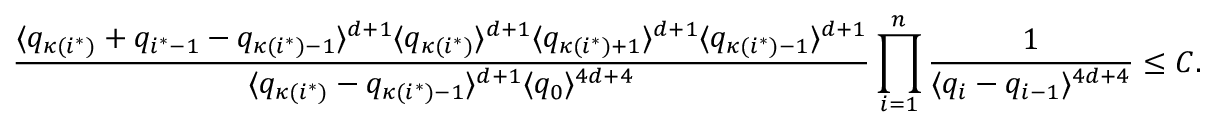
\frac { \langle q _ { \kappa ( i ^ { * } ) } + q _ { i ^ { * } - 1 } - q _ { \kappa ( i ^ { * } ) - 1 } \rangle ^ { d + 1 } \langle q _ { \kappa ( i ^ { * } ) } \rangle ^ { d + 1 } \langle q _ { \kappa ( i ^ { * } ) + 1 } \rangle ^ { d + 1 } \langle q _ { \kappa ( i ^ { * } ) - 1 } \rangle ^ { d + 1 } } { \langle q _ { \kappa ( i ^ { * } ) } - q _ { \kappa ( i ^ { * } ) - 1 } \rangle ^ { d + 1 } \langle q _ { 0 } \rangle ^ { 4 d + 4 } } \prod _ { i = 1 } ^ { n } \frac { 1 } { \langle q _ { i } - q _ { i - 1 } \rangle ^ { 4 d + 4 } } \leq C .